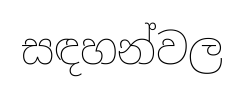
සඳහන්වල